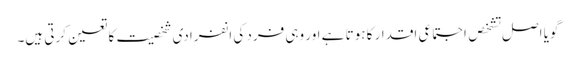
گویا اصل تشخص اجتماعی اقدار کا ہوتا ہے اور وہی فرد کی انفرادی شخصیت کا تعین کرتی ہیں۔